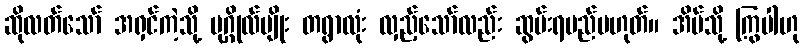
ဆိုလတ်သော် အရှင်ကဲ့သို့ ပုဂ္ဂိုလ်မျိုး တရွာလုံး လှည့်သော်လည်း ဆွမ်းရမည်မဟုတ်။ အိမ်သို့ ကြွပါဟု